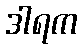
ဒါရက